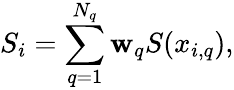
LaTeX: S_{i}=\sum_{q=1}^{N_{q}}\mathbf{w}_{q}S(x_{i,q}),